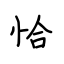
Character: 恰